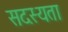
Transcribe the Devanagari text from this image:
सदस्यता